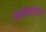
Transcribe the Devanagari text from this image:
मेंइथियोपिया